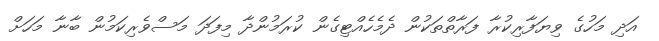
އަދި މަހުގެ ވިޔަފާރިކުރާ ފަރާތްތަކުން ދެމެހެއްޓިގެން ކުރަމުންދާ މިފަދަ މަސްވެރިކަމުން ބާނާ މަހަށް